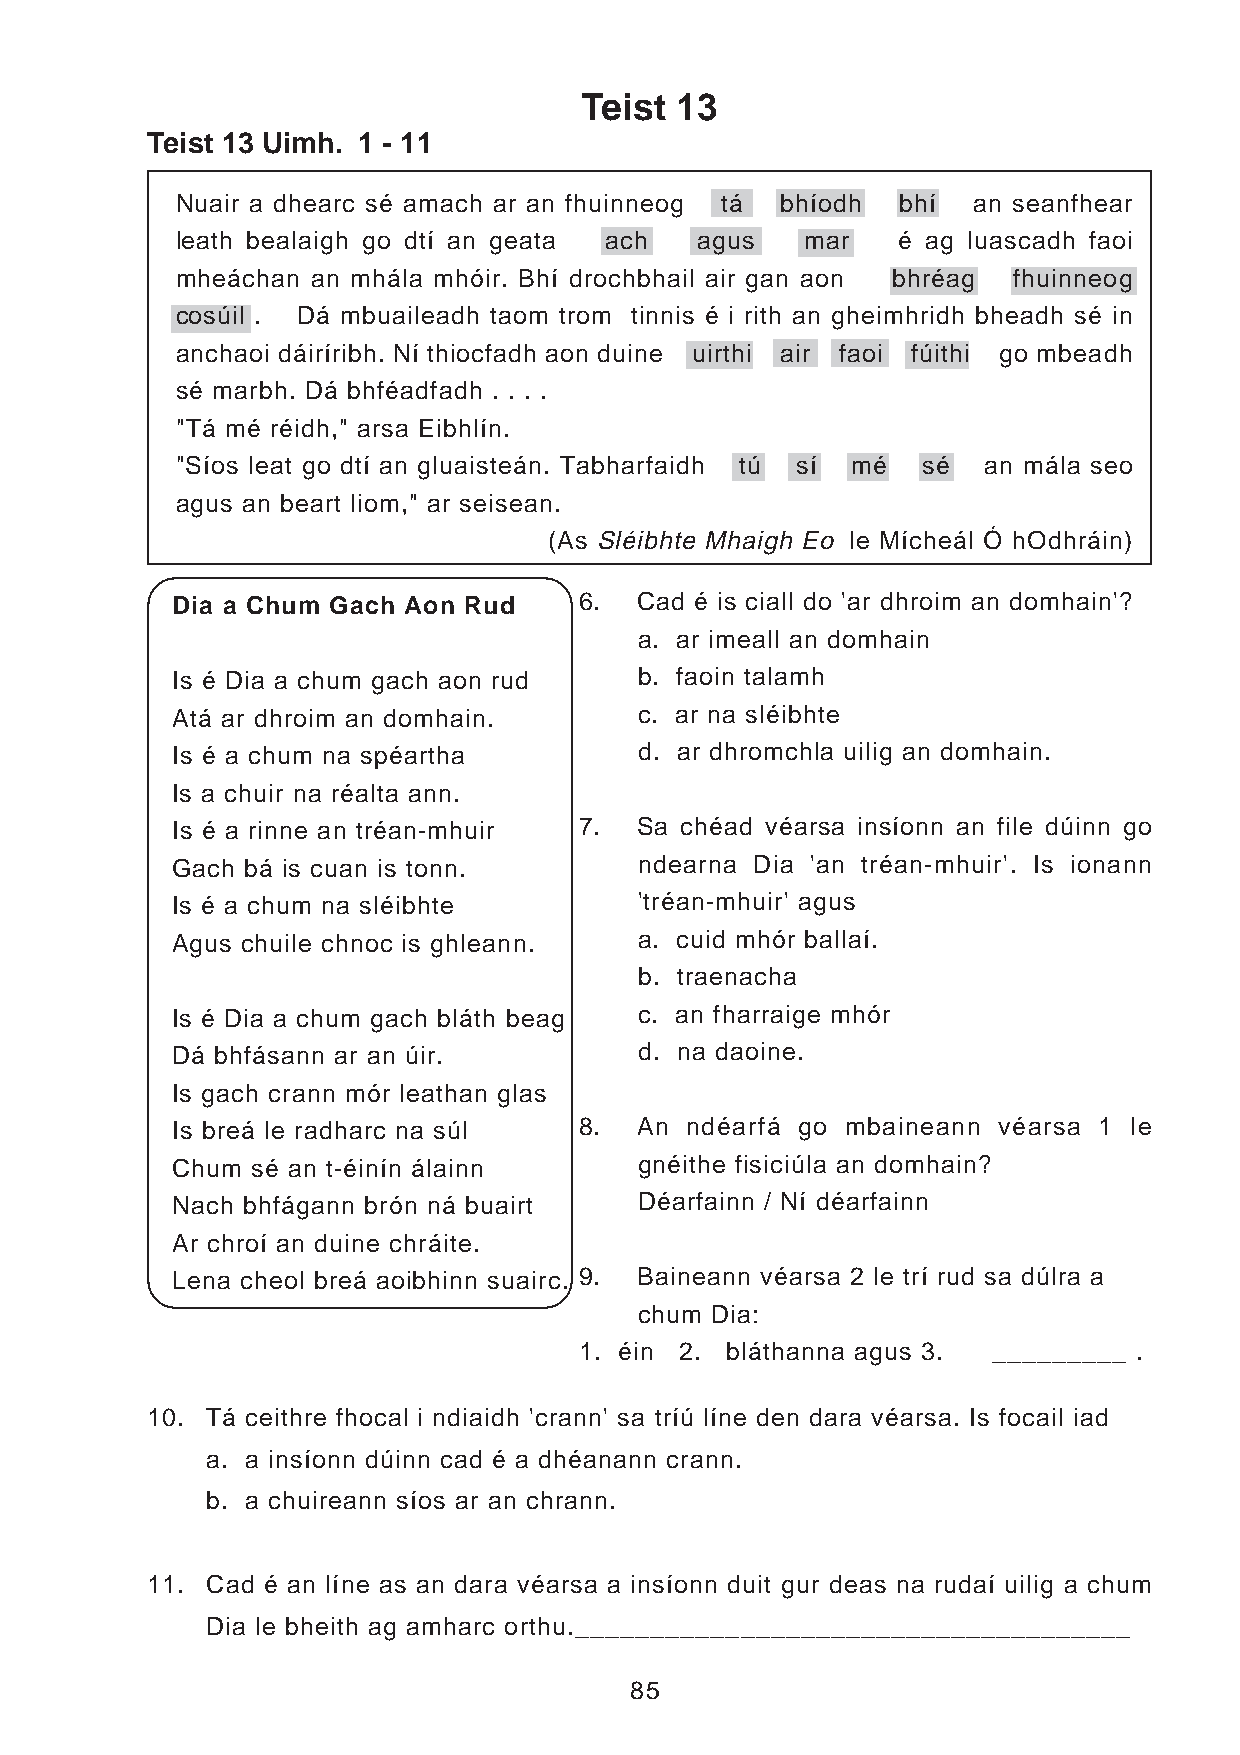
Teist  13
 Teist 13 Uimh. 1 - 11
 Nuair a dhearc sé amach ar an fhuinneog tá bhíodh bhí an seanfhear
 leath bealaigh go dtí an geata ach agus  mar   é ag luascadh faoi
 mheáchan an mhála mhóir. Bhí drochbhail air gan aon bhréag fhuinneog
 cosúil . Dá mbuaileadh taom trom tinnis é i rith an gheimhridh bheadh sé in
 anchaoi dáiríribh. Ní thiocfadh aon duine uirthi air faoi fúithi go mbeadh
 sé marbh. Dá bhféadfadh . . . .
 "Tá mé réidh," arsa Eibhlín.
 "Síos leat go dtí an gluaisteán. Tabharfaidh tú sí mé sé an mála seo
 agus an beart liom," ar seisean.
 (As Sléibhte Mhaigh Eo le Mícheál Ó hOdhráin)
 Dia a Chum Gach Aon Rud    6.  Cad é is ciall do 'ar dhroim an domhain'?
 a. ar imeall an domhain
 Is é Dia a chum gach aon rud   b. faoin talamh
 Atá ar dhroim an domhain.      c. ar na sléibhte
 Is é a chum na spéartha        d. ar dhromchla uilig an domhain.
 Is a chuir na réalta ann.
 Is é a rinne an tréan-mhuir 7. Sa chéad véarsa insíonn an file dúinn go
 Gach bá is cuan is tonn.       ndearna Dia 'an tréan-mhuir'. Is ionann
 Is é a chum na sléibhte        'tréan-mhuir' agus
 Agus chuile chnoc is ghleann.  a. cuid mhór ballaí.
 b. traenacha
 Is é Dia a chum gach bláth beag c. an fharraige mhór
 Dá bhfásann ar an úir.         d. na daoine.
 Is gach crann mór leathan glas
 Is breá le radharc na súl  8.  An ndéarfá go mbaineann véarsa 1 le
 Chum  sé an t-éinín álainn     gnéithe fisiciúla an domhain?
 Nach bhfágann brón ná buairt   Déarfainn / Ní déarfainn
 Ar chroí an duine chráite.
 Lena cheol breá aoibhinn suairc. 9. Baineann véarsa 2 le trí rud sa dúlra a
 chum Dia:
 1. éin 2. bláthanna agus 3. _________ .
 10. Tá ceithre fhocal i ndiaidh 'crann' sa tríú líne den dara véarsa. Is focail iad
 a. a insíonn dúinn cad é a dhéanann crann.
 b. a chuireann síos ar an chrann.
 11. Cad é an líne as an dara véarsa a insíonn duit gur deas na rudaí uilig a chum
 Dia le bheith ag amharc orthu._____________________________________
 85